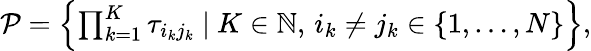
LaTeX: \begin{array}{r}{\mathcal{P}=\left\{ \prod_{k=1}^{K}\tau_{i_{k}j_{k}}~|~K\in\mathbb{N},\, i_{k}\neq j_{k}\in\left\{ 1,\dots,N\right\} \right\} ,}\end{array}